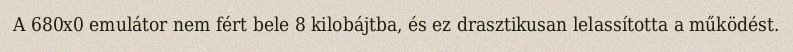
A 680x0 emulátor nem fért bele 8 kilobájtba, és ez drasztikusan lelassította a működést.